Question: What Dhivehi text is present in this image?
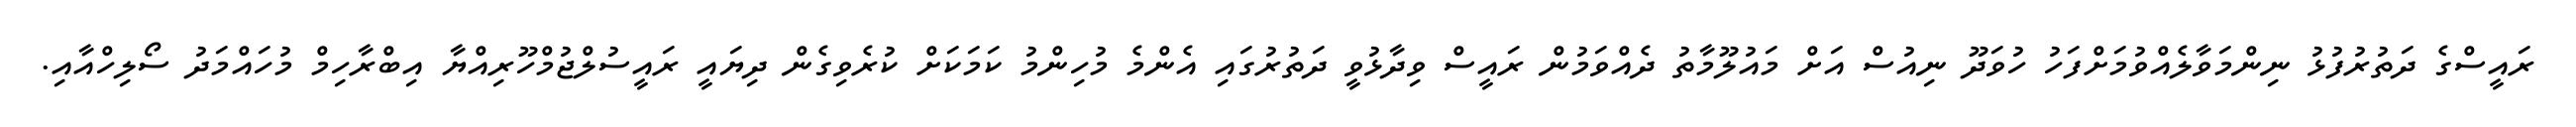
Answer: ރައީސްގެ ދަތުރުފުޅު ނިންމަވާލެއްވުމަށްފަހު ހުވަދޫ ނިއުސް އަށް މައުލޫމާތު ދެއްވަމުން ރައީސް ވިދާޅުވީ ދަތުރުގައި އެންމެ މުހިންމު ކަމަކަށް ކުރެވިގެން ދިޔައީ ރައީސުލްޖުމްހޫރިއްޔާ އިބްރާހިމް މުހައްމަދު ސޯލިހްއާއި.